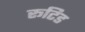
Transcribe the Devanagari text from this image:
रूटिड